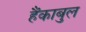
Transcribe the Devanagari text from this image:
हैंकाबुल